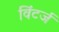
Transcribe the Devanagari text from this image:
विंटर्ज